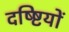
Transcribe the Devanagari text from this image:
दष्ष्टियों